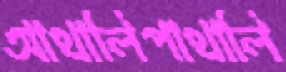
আথালিপাথালি